Source: Computer-generated
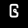
Digit: ၆ (6)